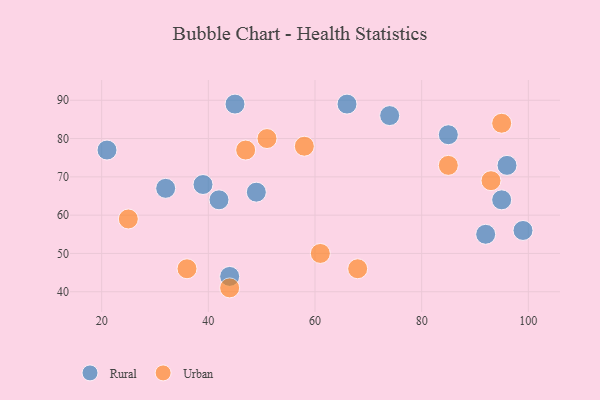
{"axis": {"x": "GDP", "y": "Life Expectancy"}, "legend": ["Rural", "Urban"], "data": [{"x": "39", "y": 68, "type": "Rural"}, {"x": "74", "y": 86, "type": "Rural"}, {"x": "49", "y": 66, "type": "Rural"}, {"x": "45", "y": 89, "type": "Rural"}, {"x": "95", "y": 64, "type": "Rural"}, {"x": "44", "y": 44, "type": "Rural"}, {"x": "85", "y": 81, "type": "Rural"}, {"x": "66", "y": 89, "type": "Rural"}, {"x": "96", "y": 73, "type": "Rural"}, {"x": "92", "y": 55, "type": "Rural"}, {"x": "21", "y": 77, "type": "Rural"}, {"x": "42", "y": 64, "type": "Rural"}, {"x": "32", "y": 67, "type": "Rural"}, {"x": "99", "y": 56, "type": "Rural"}, {"x": "36", "y": 46, "type": "Urban"}, {"x": "61", "y": 50, "type": "Urban"}, {"x": "93", "y": 69, "type": "Urban"}, {"x": "51", "y": 80, "type": "Urban"}, {"x": "58", "y": 78, "type": "Urban"}, {"x": "44", "y": 41, "type": "Urban"}, {"x": "25", "y": 59, "type": "Urban"}, {"x": "95", "y": 84, "type": "Urban"}, {"x": "68", "y": 46, "type": "Urban"}, {"x": "85", "y": 73, "type": "Urban"}, {"x": "47", "y": 77, "type": "Urban"}]}